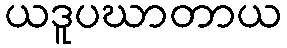
ယဒူပဃာတာယ